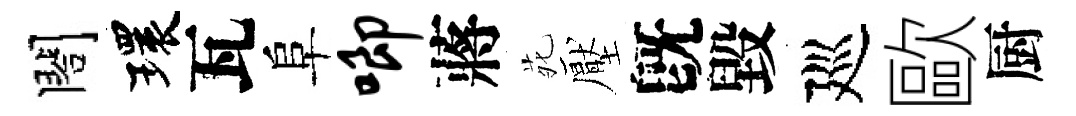
閤環瓦阜唧蔣𫟍壓旣毀廵歐厨